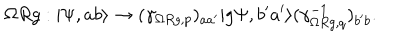
\Omega R g : | \Psi , a b \rangle \to ( \gamma _ { \Omega R g , p } ) _ { a a ^ { \prime } } | g \Psi , b ^ { \prime } a ^ { \prime } \rangle ( \gamma _ { \Omega R g , q } ^ { - 1 } ) _ { b ^ { \prime } b } .